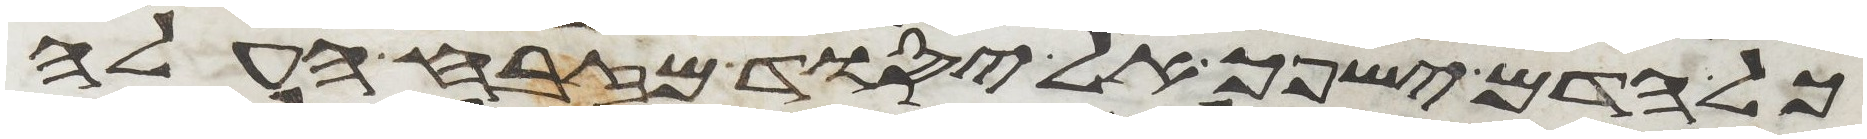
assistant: כל הדם ישפך אל יסוד מזבח העלה